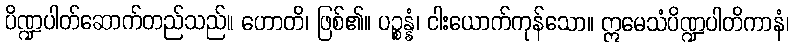
ပိဏ္ဍပါတ်ဆောက်တည်သည်။ ဟောတိ၊ ဖြစ်၏။ ပဉ္စန္နံ၊ ငါးယောက်ကုန်သော။ ဣမေသံပိဏ္ဍပါတိကာနံ၊